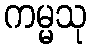
ကမ္မသု